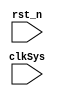

module blockingVSnonblocking(
  clkSys,
  rst_n
);
input clkSys;
input rst_n;
reg [1:0]a;
reg [1:0]b;
reg [1:0]c;
always@(posedge clkSys or negedge rst_n)begin
  if(!rst_n)begin
    a <= 2'd1;
    b <= 2'd2;
    c <= 2'd3;
  end
  else begin
    a <= c;
    b <= a;
    c <= b;
  end
end
endmodule